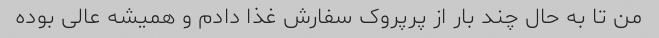
من تا به حال چند بار از پرپروک سفارش غذا دادم و همیشه عالی بوده